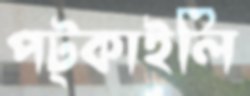
পট্‌কাইলি